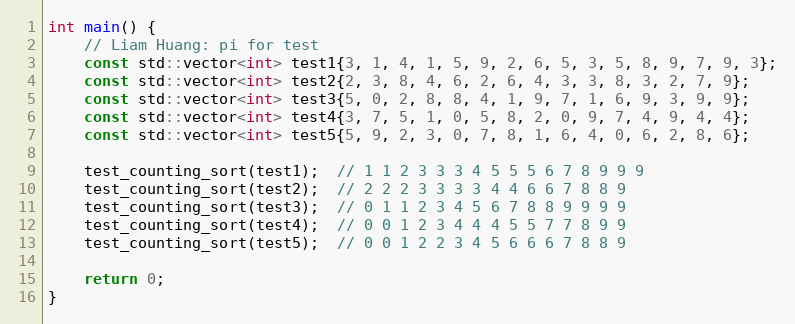
Language: C++
int main() {
    // Liam Huang: pi for test
    const std::vector<int> test1{3, 1, 4, 1, 5, 9, 2, 6, 5, 3, 5, 8, 9, 7, 9, 3};
    const std::vector<int> test2{2, 3, 8, 4, 6, 2, 6, 4, 3, 3, 8, 3, 2, 7, 9};
    const std::vector<int> test3{5, 0, 2, 8, 8, 4, 1, 9, 7, 1, 6, 9, 3, 9, 9};
    const std::vector<int> test4{3, 7, 5, 1, 0, 5, 8, 2, 0, 9, 7, 4, 9, 4, 4};
    const std::vector<int> test5{5, 9, 2, 3, 0, 7, 8, 1, 6, 4, 0, 6, 2, 8, 6};

    test_counting_sort(test1);  // 1 1 2 3 3 3 4 5 5 5 6 7 8 9 9 9
    test_counting_sort(test2);  // 2 2 2 3 3 3 3 4 4 6 6 7 8 8 9
    test_counting_sort(test3);  // 0 1 1 2 3 4 5 6 7 8 8 9 9 9 9
    test_counting_sort(test4);  // 0 0 1 2 3 4 4 4 5 5 7 7 8 9 9
    test_counting_sort(test5);  // 0 0 1 2 2 3 4 5 6 6 6 7 8 8 9

    return 0;
}